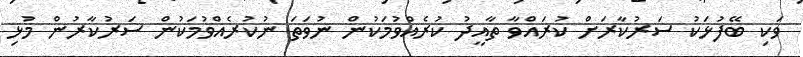
ވަކި ބޭފުޅަކު ސަރުކާރަށް ކުރައްވާ ތާއީދު ކުރެއްވުމަކުން ނުވަތަ ނުކުރެއްވުމަކުން ސަރުކާރުން މުޅި